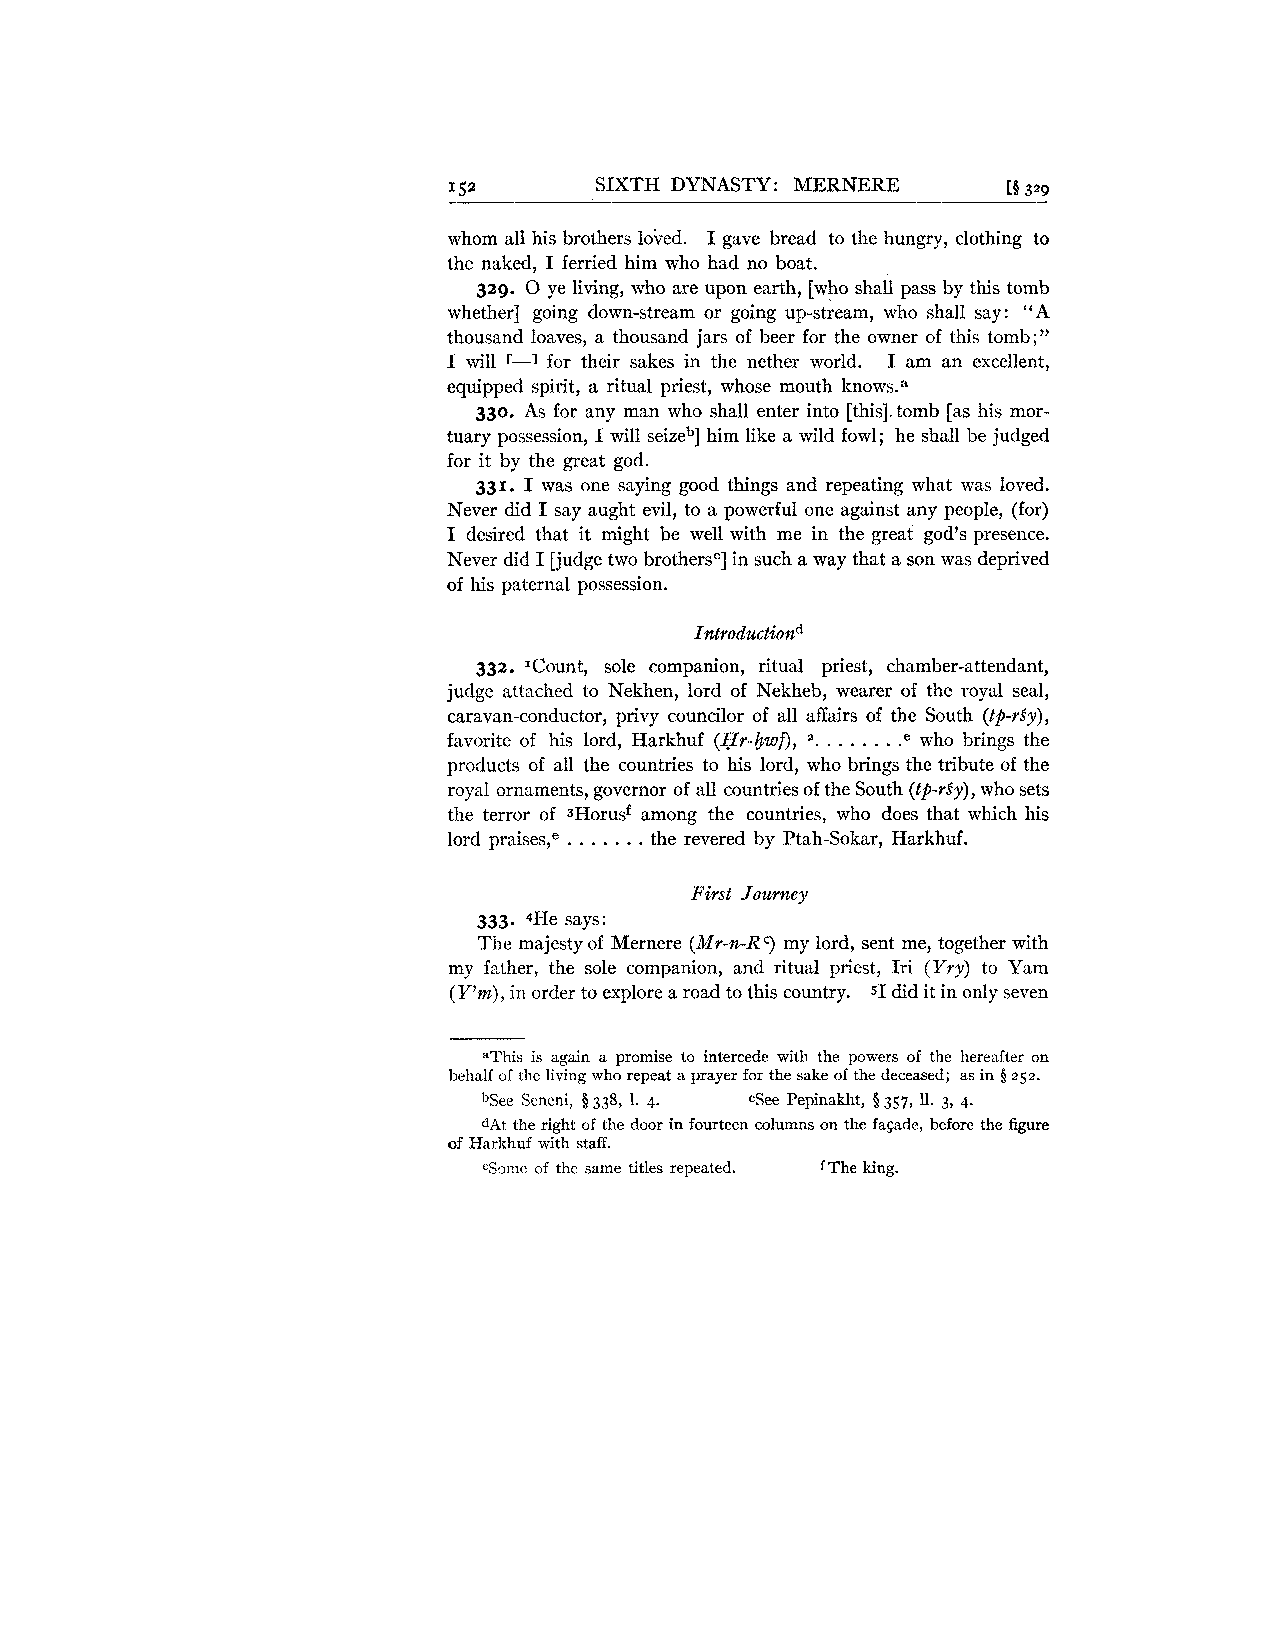
1.52     SIXTH DYNASTY: MERNERE      [5 329
 whom all his brothers lobed. I gave bread to the hungry, clothing to
 the naked, I ferried him who had no boat.
 329. 0 ye living, who are upon earth, [who shall pass by this tomb
 whether] going down-stream or going up-stream, who shall say: "A
 thousand loaves, a thousand jars of beer for the owner of this tomb;"
 I will r-1 for their sakes in the nether world. I am an excellent,
 equipped spirit, a ritual priest, whose mouth knowsa
 330. As for any man who shall enter into [this]. tomb [as his mor-
 tuary possession, I will seizeb] him like a wild fowl; he shall be judged
 for it by the great god.
 331. I was one saying good things and repeating what was loved.
 Never did I say aught evil, to a powerful one against any people, (for)
 I desired that it might be well with me in the great god's presence.
 Never did I [judge two brothersc] in such a way that a son was deprived
 of his paternal possession.
 332. 'Count, sole companion, ritual priest, chamber-attendant,
 judge attached to Nekhen, lord of Nekheb, wearer of the royal seal,
 caravan-conductor, privy councilor of all affairs of the South (tp-rSy),
 favorite of his lord, Harkhuf (Hr-bwf), ". . . . . . . .e who brings the
 products of all the countries to his lord, who brings the tribute of the
 royal ornaments, governor of all countries of the South (tp-rSy), who sets
 the terror of 3Horusf among the countries, who does that which his
 . . . . . . .
 lord praise^,^ the revered by Ptah-Sokar, Harkhuf.
 First Journey
 333. 4He says:
 The majesty of Mernere (MY-n-R my lord, sent me, together with
 C,
 my father, the sole companion, and ritual priest, Iri (Yry) to Yam
 (Y'm),i n order to explore a road to this country. 51 did it in only seven
 al'his is again a promise to intercede with the powers of the hereafter on
 behalf of the living who repeat a prayer for the sake of the deceased; as in 8 252.
 bSee Seneni, 338, 1. 4. cSee Pepinakht, $357, 11. 3, 4.
 dAt the right of the door in fourteen columns on the fapde, before the figure
 of Harkhuf with staff.
 eSomc of the same titles repeated. f The king.